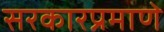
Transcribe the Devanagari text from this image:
सरकारप्रमाणे